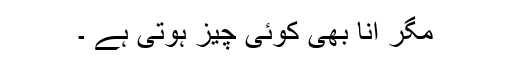
مگر انا بھی کوئی چیز ہوتی ہے ۔